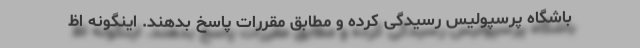
باشگاه پرسپولیس رسیدگی کرده و مطابق مقررات پاسخ بدهند. اینگونه اظ